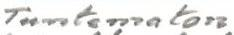
Tuntematon